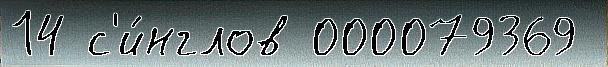
14 с'и́нглов 000079369